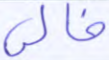
خالي